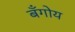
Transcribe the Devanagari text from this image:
बँगोय